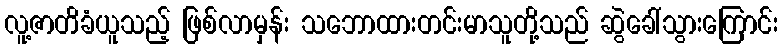
လူ့ဇာတိခံယူသည့် ဖြစ်လာမှန်း သဘောထားတင်းမာသူတို့သည် ဆွဲခေါ်သွားကြောင်း